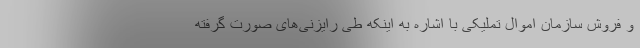
و فروش سازمان اموال تملیکی با اشاره به اینکه طی رایزنی‌های صورت گرفته